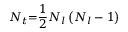
N _ { t } \mathrm { = } \frac { 1 } { 2 } N _ { l } \left( N _ { l } - 1 \right)